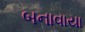
બનાવાયા